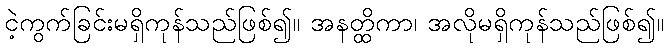
ငဲ့ကွက်ခြင်းမရှိကုန်သည်ဖြစ်၍။ အနတ္ထိကာ၊ အလိုမရှိကုန်သည်ဖြစ်၍။